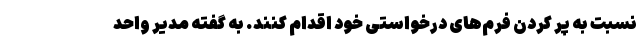
نسبت به پر کردن فرم‌های درخواستی خود اقدام کنند. به گفته مدیر واحد